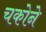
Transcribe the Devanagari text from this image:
चकोने